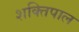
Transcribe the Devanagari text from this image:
शक्तिपाल